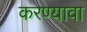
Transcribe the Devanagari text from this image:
करण्यावा